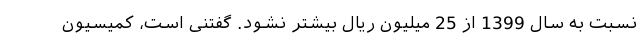
نسبت به سال 1399 از 25 میلیون ریال بیشتر نشود. گفتنی است، کمیسیون